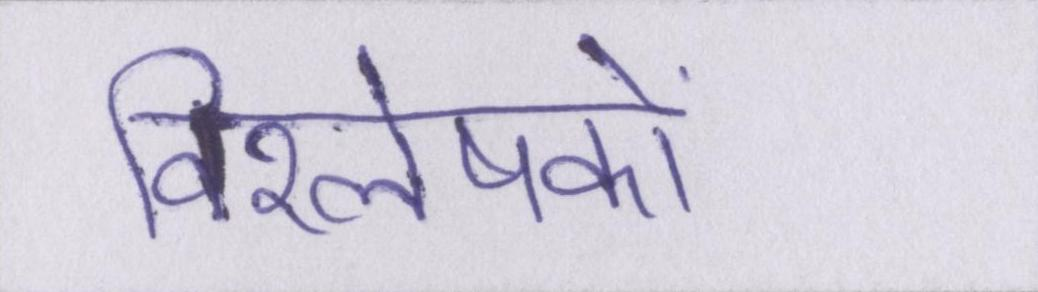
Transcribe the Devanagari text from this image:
विश्लेषकों